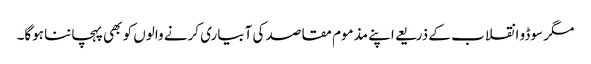
مگر سوڈو انقلاب کے ذریعے اپنے مذموم مقاصد کی آبیاری کرنے والوں کو بھی پہچاننا ہوگا۔